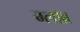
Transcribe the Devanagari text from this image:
ग्लाब्र